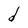
Character: d